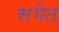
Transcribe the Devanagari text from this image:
सभेंत